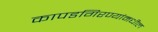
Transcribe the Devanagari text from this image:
कापडगिरण्यांमधील